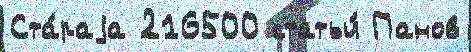
Ста́раjа 216500 статьи́ Панов